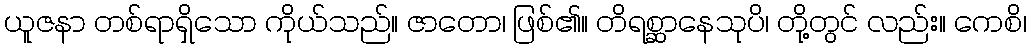
ယူဇနာ တစ်ရာရှိသော ကိုယ်သည်။ ဇာတော၊ ဖြစ်၏။ တိရစ္ဆာနေသုပိ၊ တို့တွင် လည်း။ ကေစိ၊